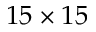
1 5 \times 1 5